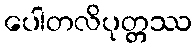
ပေါတလိပုတ္တဿ